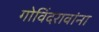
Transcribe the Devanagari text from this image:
गोविंदरावांना